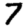
Digit: 7